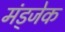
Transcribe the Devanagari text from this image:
मंड्जेक